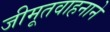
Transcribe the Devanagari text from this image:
जीमूतवाहनाने